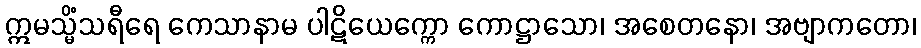
ဣမသ္မိံသရီရေ ကေသာနာမ ပါဋိယေက္ကော ကောဋ္ဌာသော၊ အစေတနော၊ အဗျာကတော၊